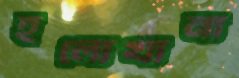
হলোখানা